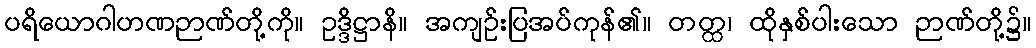
ပရိယောဂါဟဏဉာဏ်တို့ကို။ ဥဒ္ဒိဋ္ဌာနိ။ အကျဉ်းပြအပ်ကုန်၏။ တတ္ထ၊ ထိုနှစ်ပါးသော ဉာဏ်တို့၌။